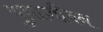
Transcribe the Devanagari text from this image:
युवाजीवन